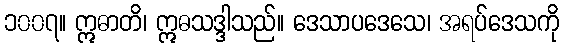
၁၀၀၇။ ဣဓာတိ၊ ဣဓသဒ္ဒါသည်။ ဒေသာပဒေသေ၊ အရပ်ဒေသကို